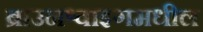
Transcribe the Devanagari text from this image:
ब्राउनश्वाइगमधील